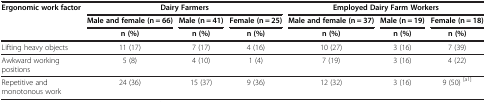
<table><thead><tr><td><b>Ergonomic work factor</b></td><td colspan="3"><b>Dairy Farmers</b></td><td colspan="3"><b>Employed Dairy Farm Workers</b></td></tr><tr><td><b> </b></td><td><b>Male and female (n = 66)</b></td><td><b>Male (n = 41)</b></td><td><b>Female (n = 25)</b></td><td><b>Male and female (n = 37)</b></td><td><b>Male (n = 19)</b></td><td><b>Female (n = 18)</b></td></tr><tr><td><b> </b></td><td><b>n (%)</b></td><td><b>n (%)</b></td><td><b>n (%)</b></td><td><b>n (%)</b></td><td><b>n (%)</b></td><td><b>n (%)</b></td></tr></thead><tbody><tr><td>Lifting heavy objects</td><td>11 (17)</td><td>7 (17)</td><td>4 (16)</td><td>10 (27)</td><td>3 (16)</td><td>7 (39)</td></tr><tr><td>Awkward working positions</td><td>5 (8)</td><td>4 (10)</td><td>1 (4)</td><td>7 (19)</td><td>3 (16)</td><td>4 (22)</td></tr><tr><td>Repetitive and monotonous work</td><td>24 (36)</td><td>15 (37)</td><td>9 (36)</td><td>12 (32)</td><td>3 (16)</td><td>9 (50) <sup>[a1]</sup></td></tr></tbody></table>